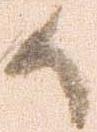
候